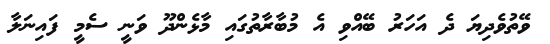
ވޭތުވެދިޔަ ދެ އަހަރު ބޭއްވި އެ މުބާރާތުގައި މާޅެންދޫ ވަނީ ސެމީ ފައިނަލާ